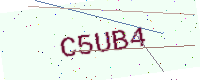
Text: C5UB4